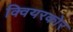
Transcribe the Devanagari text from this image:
क्वियरकोर